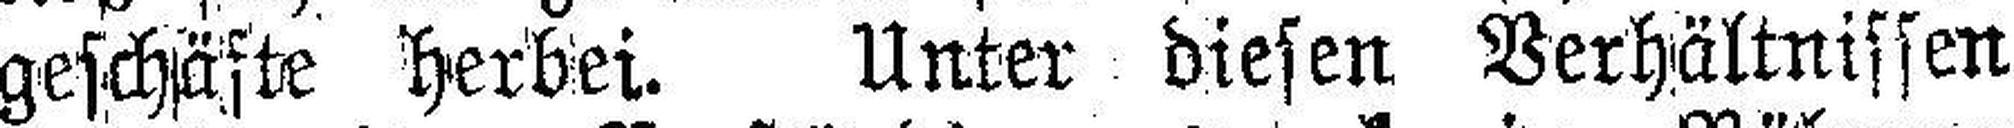
geschäfte herbei. Unter diesen Verhältnissen